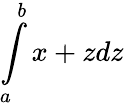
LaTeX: \int\limits_{a}^{b}x+zdz